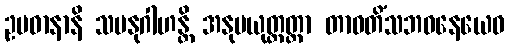
ဥပဓာနာနိ သမနုဂါဟန္တိ အနုပယုတ္တတ္တာ တာဝတိံသဘဝနေယေဝ